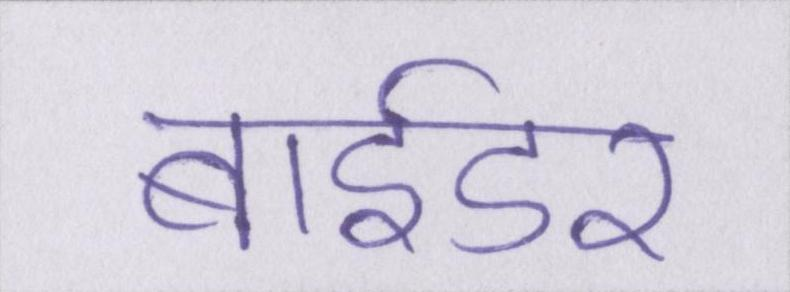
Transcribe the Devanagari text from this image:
बाईडर